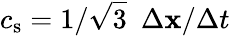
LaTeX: c_{\mathrm{s}}=1/\sqrt{3}\ \ \Delta\mathbf{x}/\Delta t